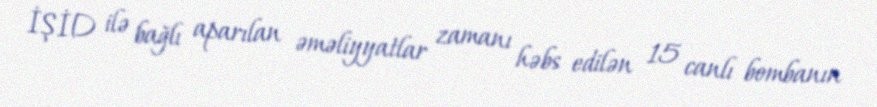
İŞİD ilə bağlı aparılan əməliyyatlar zamanı həbs edilən 15 canlı bombanın